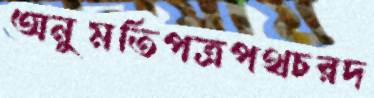
অনুমতিপত্রপথচরদ